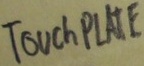
Text: TOUCH PLATE